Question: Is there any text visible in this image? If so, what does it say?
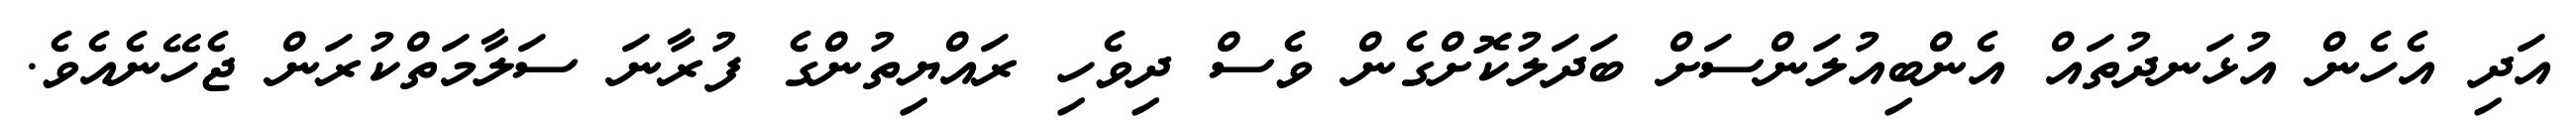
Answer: އަދި އެހެން އުޅަނދުތައް އެންބިއުލަންސަށް ބަދަލުކޮށްގެން ވެސް ދިވެހި ރައްޔިތުންގެ ފުރާނަ ސަލާމަތްކުރަން ޖެހޭނެއެވެ.